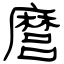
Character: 麿